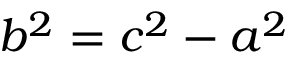
b ^ { 2 } = c ^ { 2 } - a ^ { 2 }